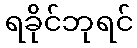
ရခိုင်ဘုရင်